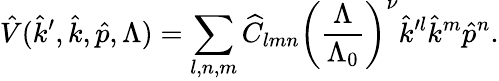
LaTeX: \hat{V}(\hat{k}^{\prime},\hat{k},\hat{p},\Lambda)=\sum_{l,n,m}\widehat C_{lmn}\left({\frac{\Lambda}{\Lambda_{0}}}\right)^{\nu}\hat{k}^{\prime l}\hat{k}^{m}\hat{p}^{n}.